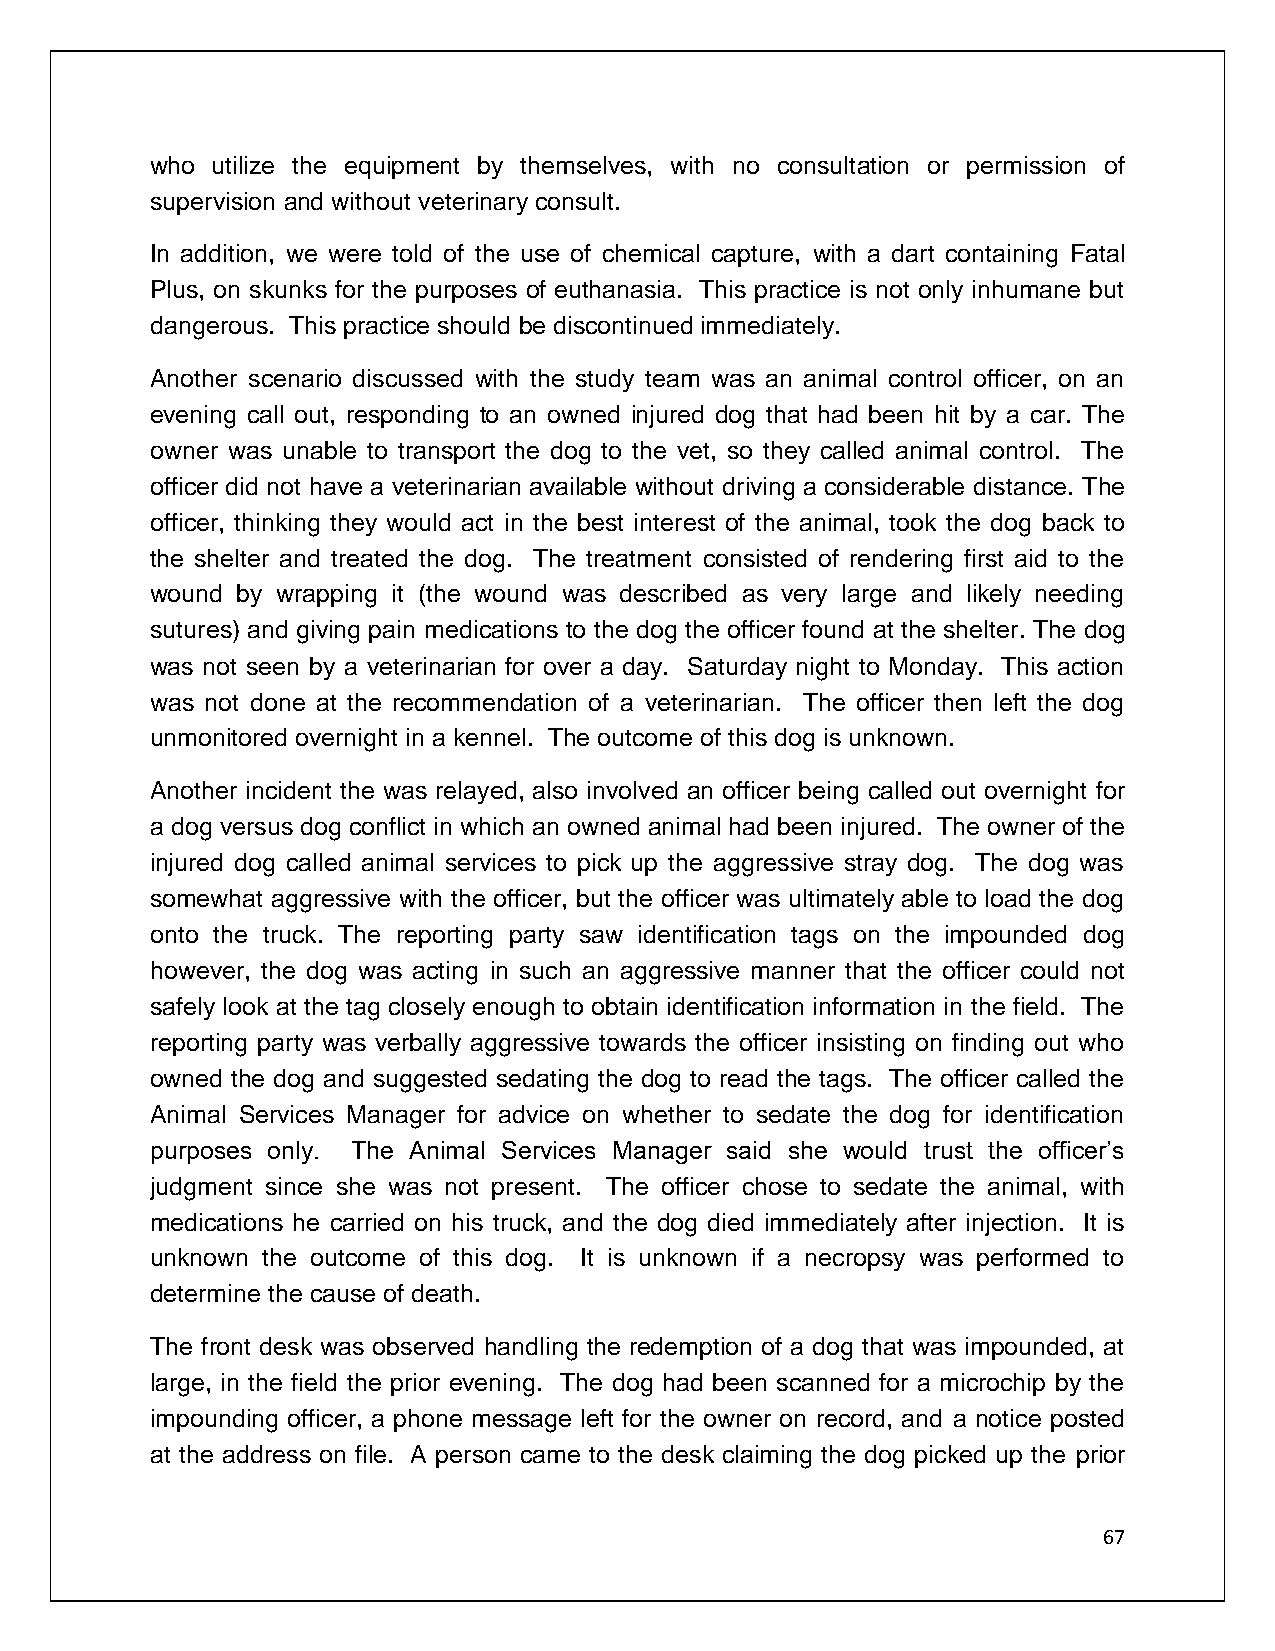
who utilize the equipment by themselves, with no consultation or permission of
 supervision and without veterinary consult.
 In addition, we were told of the use of chemical capture, with a dart containing Fatal
 Plus, on skunks for the purposes of euthanasia. This practice is not only inhumane but
 dangerous. This practice should be discontinued immediately.
 Another scenario discussed with the study team was an animal control officer, on an
 evening call out, responding to an owned injured dog that had been hit by a car. The
 owner was unable to transport the dog to the vet, so they called animal control. The
 officer did not have a veterinarian available without driving a considerable distance. The
 officer, thinking they would act in the best interest of the animal, took the dog back to
 the shelter and treated the dog. The treatment consisted of rendering first aid to the
 wound by wrapping it (the wound was described as very large and likely needing
 sutures) and giving pain medications to the dog the officer found at the shelter. The dog
 was not seen by a veterinarian for over a day. Saturday night to Monday. This action
 was not done at the recommendation of a veterinarian. The officer then left the dog
 unmonitored overnight in a kennel. The outcome of this dog is unknown.
 Another incident the was relayed, also involved an officer being called out overnight for
 a dog versus dog conflict in which an owned animal had been injured. The owner of the
 injured dog called animal services to pick up the aggressive stray dog. The dog was
 somewhat aggressive with the officer, but the officer was ultimately able to load the dog
 onto the truck. The reporting party saw identification tags on the impounded dog
 however, the dog was acting in such an aggressive manner that the officer could not
 safely look at the tag closely enough to obtain identification information in the field. The
 reporting party was verbally aggressive towards the officer insisting on finding out who
 owned the dog and suggested sedating the dog to read the tags. The officer called the
 Animal Services Manager for advice on whether to sedate the dog for identification
 purposes only. The Animal Services Manager said she would trust the officer’s
 judgment since she was not present. The officer chose to sedate the animal, with
 medications he carried on his truck, and the dog died immediately after injection. It is
 unknown the outcome of this dog. It is unknown if a necropsy was performed to
 determine the cause of death.
 The front desk was observed handling the redemption of a dog that was impounded, at
 large, in the field the prior evening. The dog had been scanned for a microchip by the
 impounding officer, a phone message left for the owner on record, and a notice posted
 at the address on file. A person came to the desk claiming the dog picked up the prior
 67